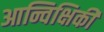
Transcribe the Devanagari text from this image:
आन्विक्षिकी